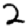
Digit: 2